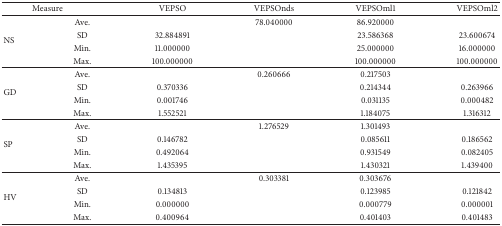
<table><thead><tr><td colspan="2"><b> Measure</b></td><td><b> VEPSO</b></td><td><b> VEPSOnds</b></td><td><b> VEPSOml1</b></td><td><b> VEPSOml2</b></td></tr></thead><tbody><tr><td rowspan="4"> NS </td><td> Ave.</td><td>[EMPTY_CELL]</td><td> 78.040000</td><td> 86.920000</td><td>[EMPTY_CELL]</td></tr><tr><td> SD</td><td> 32.884891</td><td>[EMPTY_CELL]</td><td> 23.586368</td><td> 23.600674</td></tr><tr><td> Min.</td><td> 11.000000</td><td>[EMPTY_CELL]</td><td> 25.000000</td><td> 16.000000</td></tr><tr><td> Max.</td><td> 100.000000</td><td>[EMPTY_CELL]</td><td> 100.000000</td><td> 100.000000</td></tr><tr><td rowspan="4"> GD </td><td> Ave.</td><td>[EMPTY_CELL]</td><td> 0.260666</td><td> 0.217503</td><td>[EMPTY_CELL]</td></tr><tr><td> SD</td><td> 0.370336</td><td>[EMPTY_CELL]</td><td> 0.214344</td><td> 0.263966</td></tr><tr><td> Min.</td><td> 0.001746</td><td>[EMPTY_CELL]</td><td> 0.031135</td><td> 0.000482</td></tr><tr><td> Max.</td><td> 1.552521</td><td>[EMPTY_CELL]</td><td> 1.184075</td><td> 1.316312</td></tr><tr><td rowspan="4"> SP </td><td> Ave.</td><td>[EMPTY_CELL]</td><td> 1.276529</td><td> 1.301493</td><td>[EMPTY_CELL]</td></tr><tr><td> SD</td><td> 0.146782</td><td>[EMPTY_CELL]</td><td> 0.085611</td><td> 0.186562</td></tr><tr><td> Min.</td><td> 0.492064</td><td>[EMPTY_CELL]</td><td> 0.931549</td><td> 0.082405</td></tr><tr><td> Max.</td><td> 1.435395</td><td>[EMPTY_CELL]</td><td> 1.430321</td><td> 1.439400</td></tr><tr><td rowspan="4"> HV </td><td> Ave.</td><td>[EMPTY_CELL]</td><td> 0.303381</td><td> 0.303676</td><td>[EMPTY_CELL]</td></tr><tr><td> SD</td><td> 0.134813</td><td>[EMPTY_CELL]</td><td> 0.123985</td><td> 0.121842</td></tr><tr><td> Min.</td><td> 0.000000</td><td>[EMPTY_CELL]</td><td> 0.000779</td><td> 0.000001</td></tr><tr><td> Max.</td><td> 0.400964</td><td>[EMPTY_CELL]</td><td> 0.401403</td><td> 0.401483</td></tr></tbody></table>